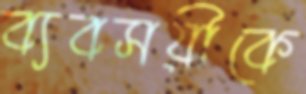
ব্যবসয়ীকে